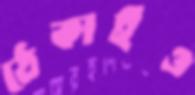
ঠেকাইও